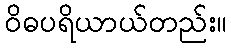
ဝိဓပရိယာယ်တည်း။